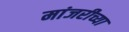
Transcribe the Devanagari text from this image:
मांजरीच्या